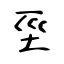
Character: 坙